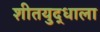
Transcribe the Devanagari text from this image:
शीतयुद्धाला